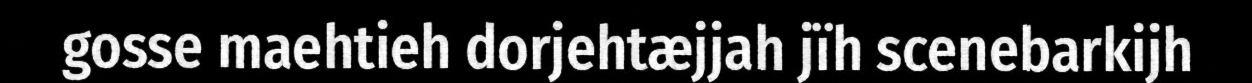
gosse maehtieh dorjehtæjjah jïh scenebarkijh